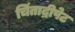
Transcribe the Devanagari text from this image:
चिंताद्रीपेट